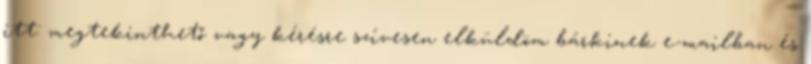
itt: megtekinthető vagy kérésre szívesen elküldöm bárkinek e-mailban és